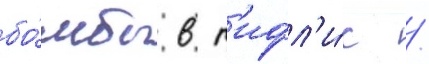
бо́мбы в т'ифл'и́с /